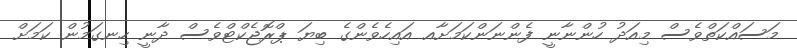
މަސައްކަތްވެސް މިއަދު ހުންނާނީ ފެންނަންކަމަށާއ އައިހެވެންގެ ބިޔަ ޕްރޮޖެކްޓްވެސް ދާނީ ހިނގަމުން ކަމަށް